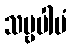
သဗ္ဗပါပံ